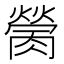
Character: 𦟴